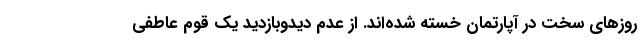
روزهای سخت در آپارتمان خسته شده‌اند. از عدم دیدوبازدید یک قوم عاطفی